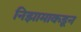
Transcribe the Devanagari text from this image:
निझामाकडून